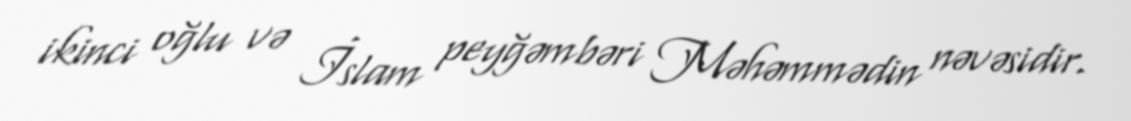
ikinci oğlu və İslam peyğəmbəri Məhəmmədin nəvəsidir.